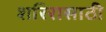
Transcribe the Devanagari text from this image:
शरिरासाठी